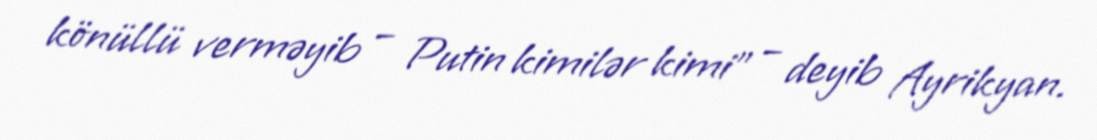
könüllü verməyib – Putin kimilər kimi” – deyib Ayrikyan.